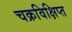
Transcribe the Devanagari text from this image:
चक्रविक्षिप्त